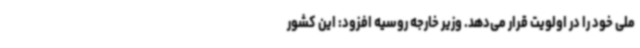
ملی خود را در اولویت قرار می‌دهد. وزیر خارجه روسیه افزود: این کشور